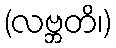
(လဗ္ဘတိ၊)